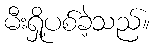
မီးရှို့ပစ်ခဲ့သည်။